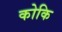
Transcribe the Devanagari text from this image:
कोकि